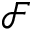
\mathcal { F }